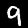
Label: 9